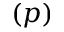
( p )